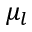
\mu _ { l }